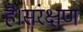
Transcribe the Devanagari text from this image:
है।संरक्षण